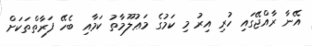
އޭނާ ރާއްޖޭގައި ހުރި އިރު މި ކަމުގެ މަޢުލޫމާތު ކަމާއި ބެހޭ ފަރާތްތަކަށް